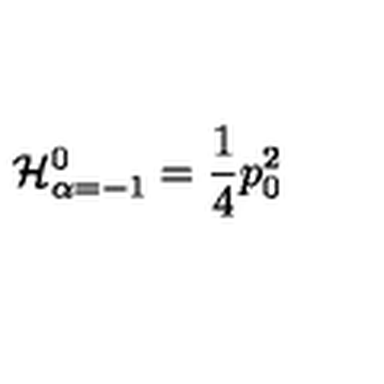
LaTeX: { \cal H } _ { \alpha = - 1 } ^ { 0 } = { \frac { 1 } { 4 } } p _ { 0 } ^ { 2 }